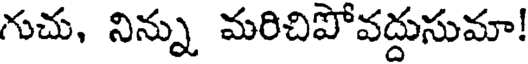
గుచు, నిన్ను మరిచిపోవద్దుసుమా!